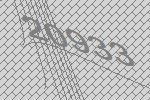
20933